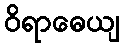
ဝိရာဓေယျ